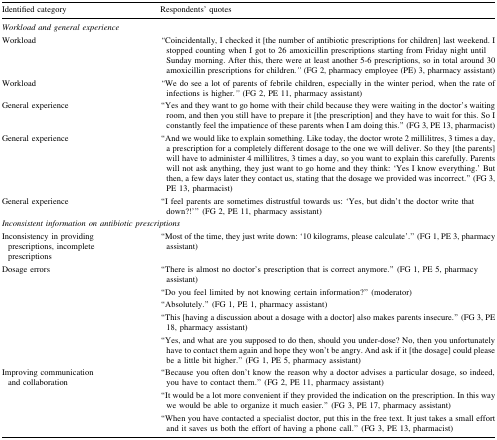
<table><thead><tr><td><b>Identified category</b></td><td><b>Respondents’ quotes</b></td></tr></thead><tbody><tr><td colspan="2"><i>Workload and general experience</i></td></tr><tr><td>Workload</td><td><i>“</i>Coincidentally, I checked it [the number of antibiotic prescriptions for children] last weekend. I stopped counting when I got to 26 amoxicillin prescriptions starting from Friday night until Sunday morning. After this, there were at least another 5-6 prescriptions, so in total around 30 amoxicillin prescriptions for children<i>.”</i> (FG 2, pharmacy employee (PE) 3, pharmacy assistant)</td></tr><tr><td>Workload</td><td><i>“</i>We do see a lot of parents of febrile children, especially in the winter period, when the rate of infections is higher<i>.”</i> (FG 2, PE 11, pharmacy assistant)</td></tr><tr><td>General experience</td><td>“Yes and they want to go home with their child because they were waiting in the doctor’s waiting room, and then you still have to prepare it [the prescription] and they have to wait for this. So I constantly feel the impatience of these parents when I am doing this.” (FG 3, PE 13, pharmacist)</td></tr><tr><td>General experience</td><td>“And we would like to explain something. Like today, the doctor wrote 2 millilitres, 3 times a day, a prescription for a completely different dosage to the one we will deliver. So they [the parents] will have to administer 4 millilitres, 3 times a day, so you want to explain this carefully. Parents will not ask anything, they just want to go home and they think: ‘Yes I know everything.’ But then, a few days later they contact us, stating that the dosage we provided was incorrect.” (FG 3, PE 13, pharmacist)</td></tr><tr><td>General experience</td><td>“I feel parents are sometimes distrustful towards us: ‘Yes, but didn’t the doctor write that down?!’” (FG 2, PE 11, pharmacy assistant)</td></tr><tr><td colspan="2"><i>Inconsistent information on antibiotic prescriptions</i></td></tr><tr><td>Inconsistency in providing prescriptions, incomplete prescriptions</td><td>“Most of the time, they just write down: ‘10 kilograms, please calculate’.” (FG 1, PE 3, pharmacy assistant)</td></tr><tr><td>Dosage errors</td><td>“There is almost no doctor’s prescription that is correct anymore.” (FG 1, PE 5, pharmacy assistant)</td></tr><tr><td></td><td>“Do you feel limited by not knowing certain information?” (moderator)“Absolutely.” (FG 1, PE 1, pharmacy assistant)</td></tr><tr><td></td><td>“This [having a discussion about a dosage with a doctor] also makes parents insecure.” (FG 3, PE 18, pharmacy assistant)</td></tr><tr><td></td><td>“Yes, and what are you supposed to do then, should you under-dose? No, then you unfortunately have to contact them again and hope they won’t be angry. And ask if it [the dosage] could please be a little bit higher.” (FG 1, PE 5, pharmacy assistant)</td></tr><tr><td>Improving communication and collaboration</td><td>“Because you often don’t know the reason why a doctor advises a particular dosage, so indeed, you have to contact them.” (FG 2, PE 11, pharmacy assistant)</td></tr><tr><td></td><td>“It would be a lot more convenient if they provided the indication on the prescription. In this way we would be able to organize it much easier.” (FG 3, PE 17, pharmacy assistant)</td></tr><tr><td></td><td>“When you have contacted a specialist doctor, put this in the free text. It just takes a small effort and it saves us both the effort of having a phone call.” (FG 3, PE 13, pharmacist)</td></tr></tbody></table>